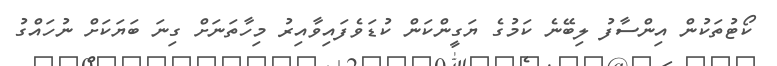
ކޯޓުތަކުން އިންސާފު ލިބޭނެ ކަމުގެ ޔަގީންކަން ކުޑަވެފައިވާއިރު މިހާތަނަށް ގިނަ ބަޔަކަށް ނުުހައްގު